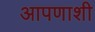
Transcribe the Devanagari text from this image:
आपणाशी